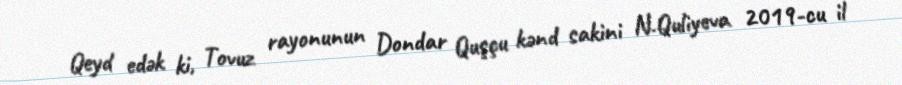
Qeyd edək ki, Tovuz rayonunun Dondar Quşçu kənd sakini N.Quliyeva 2019-cu il